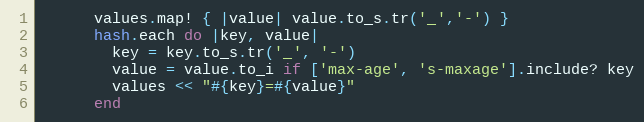
Language: Ruby
      values.map! { |value| value.to_s.tr('_','-') }
      hash.each do |key, value|
        key = key.to_s.tr('_', '-')
        value = value.to_i if ['max-age', 's-maxage'].include? key
        values << "#{key}=#{value}"
      end